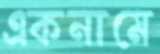
একনামে